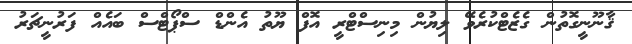
ޤާނޫނީގޮތުން ގެޒެޓްކުރެވޭ ލިޔުން މިނިސްޓްރީ އޮފް ޔޫތު އެންޑް ސްޕޯޓްސް ބައެއް ފަރުނީޗަރު